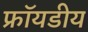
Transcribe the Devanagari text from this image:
फ्रॉयडीय